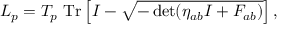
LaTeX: { \cal L } _ { p } = T _ { p } ~ \mathrm { T r } \left[ I - \sqrt { - \operatorname * { d e t } ( \eta _ { a b } I + F _ { a b } ) } \right] ,